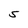
Character: S